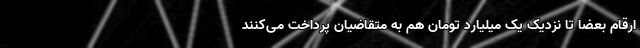
ارقام بعضاً تا نزدیک یک میلیارد تومان هم به متقاضیان پرداخت می‌کنند